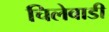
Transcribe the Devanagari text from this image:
चिलेवाडी